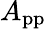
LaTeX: A_{\mathrm{pp}}